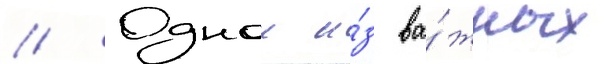
// Однои и́з ва́жных